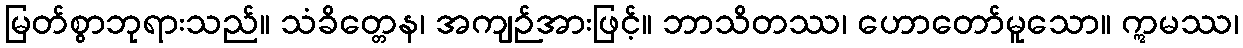
မြတ်စွာဘုရားသည်။ သံခိတ္တေန၊ အကျဉ်အားဖြင့်။ ဘာသိတဿ၊ ဟောတော်မူသော။ ဣမဿ၊